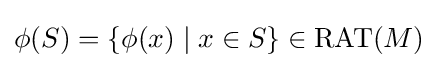
\phi (S)=\{\phi (x)\mid x\in S\}\in \mathrm {RAT} (M)